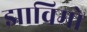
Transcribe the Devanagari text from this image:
झाविमो